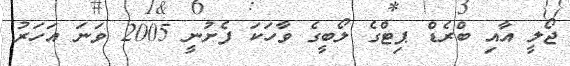
ޖޯލީ އާއި ބްރެޑް ޕިޓްގެ ލޯބީގެ ވާހަކަ ފެށުނީ 2005 ވަނަ އަހަރު